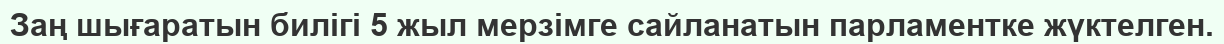
Заң шығаратын билігі 5 жыл мерзімге сайланатын парламентке жүктелген.